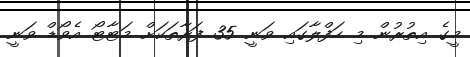
މީގެ އިތުރުން މި ހަފްލާގައި ވަނީ 35 ފަރާތަކަށް މަޓާޓޯ އެވޯޑް ވަނީ